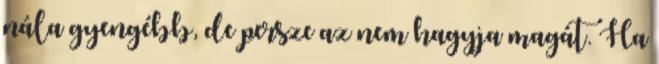
nála gyengébb, de persze az nem hagyja magát. Ha